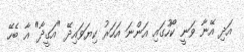
އަދި އޭނާ ވަނީ ކޯހުގައި އަންނަ އަހަރު ކިޔަވައިދޭ "އަގީދާ" އާ ބެހޭ